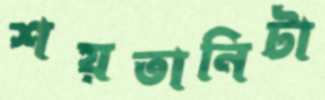
শয়তানিটা